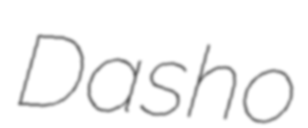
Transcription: Dasho